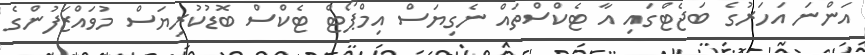
އަަންނަ އަހަރުގެ ބަޖެޓްގައި އާ ޓެކްސްތައް ނެގިޔަސް އިމްޕޯޓް ޓެކްސް ބޮޑުކުރިޔަސް މުވައްޒަފުންގެ